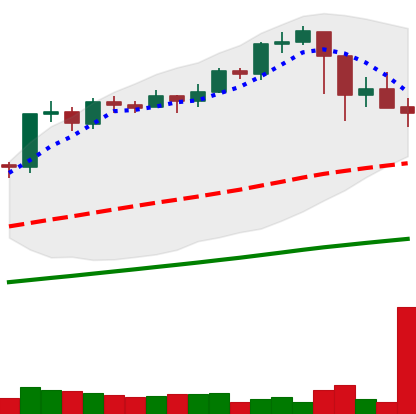
Ticker: BTC-USD
Chart end date: 2021-02-26
Forward return: 9.06%
Label: up_7plus